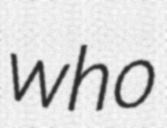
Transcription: who